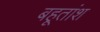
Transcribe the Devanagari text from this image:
बहूतांश